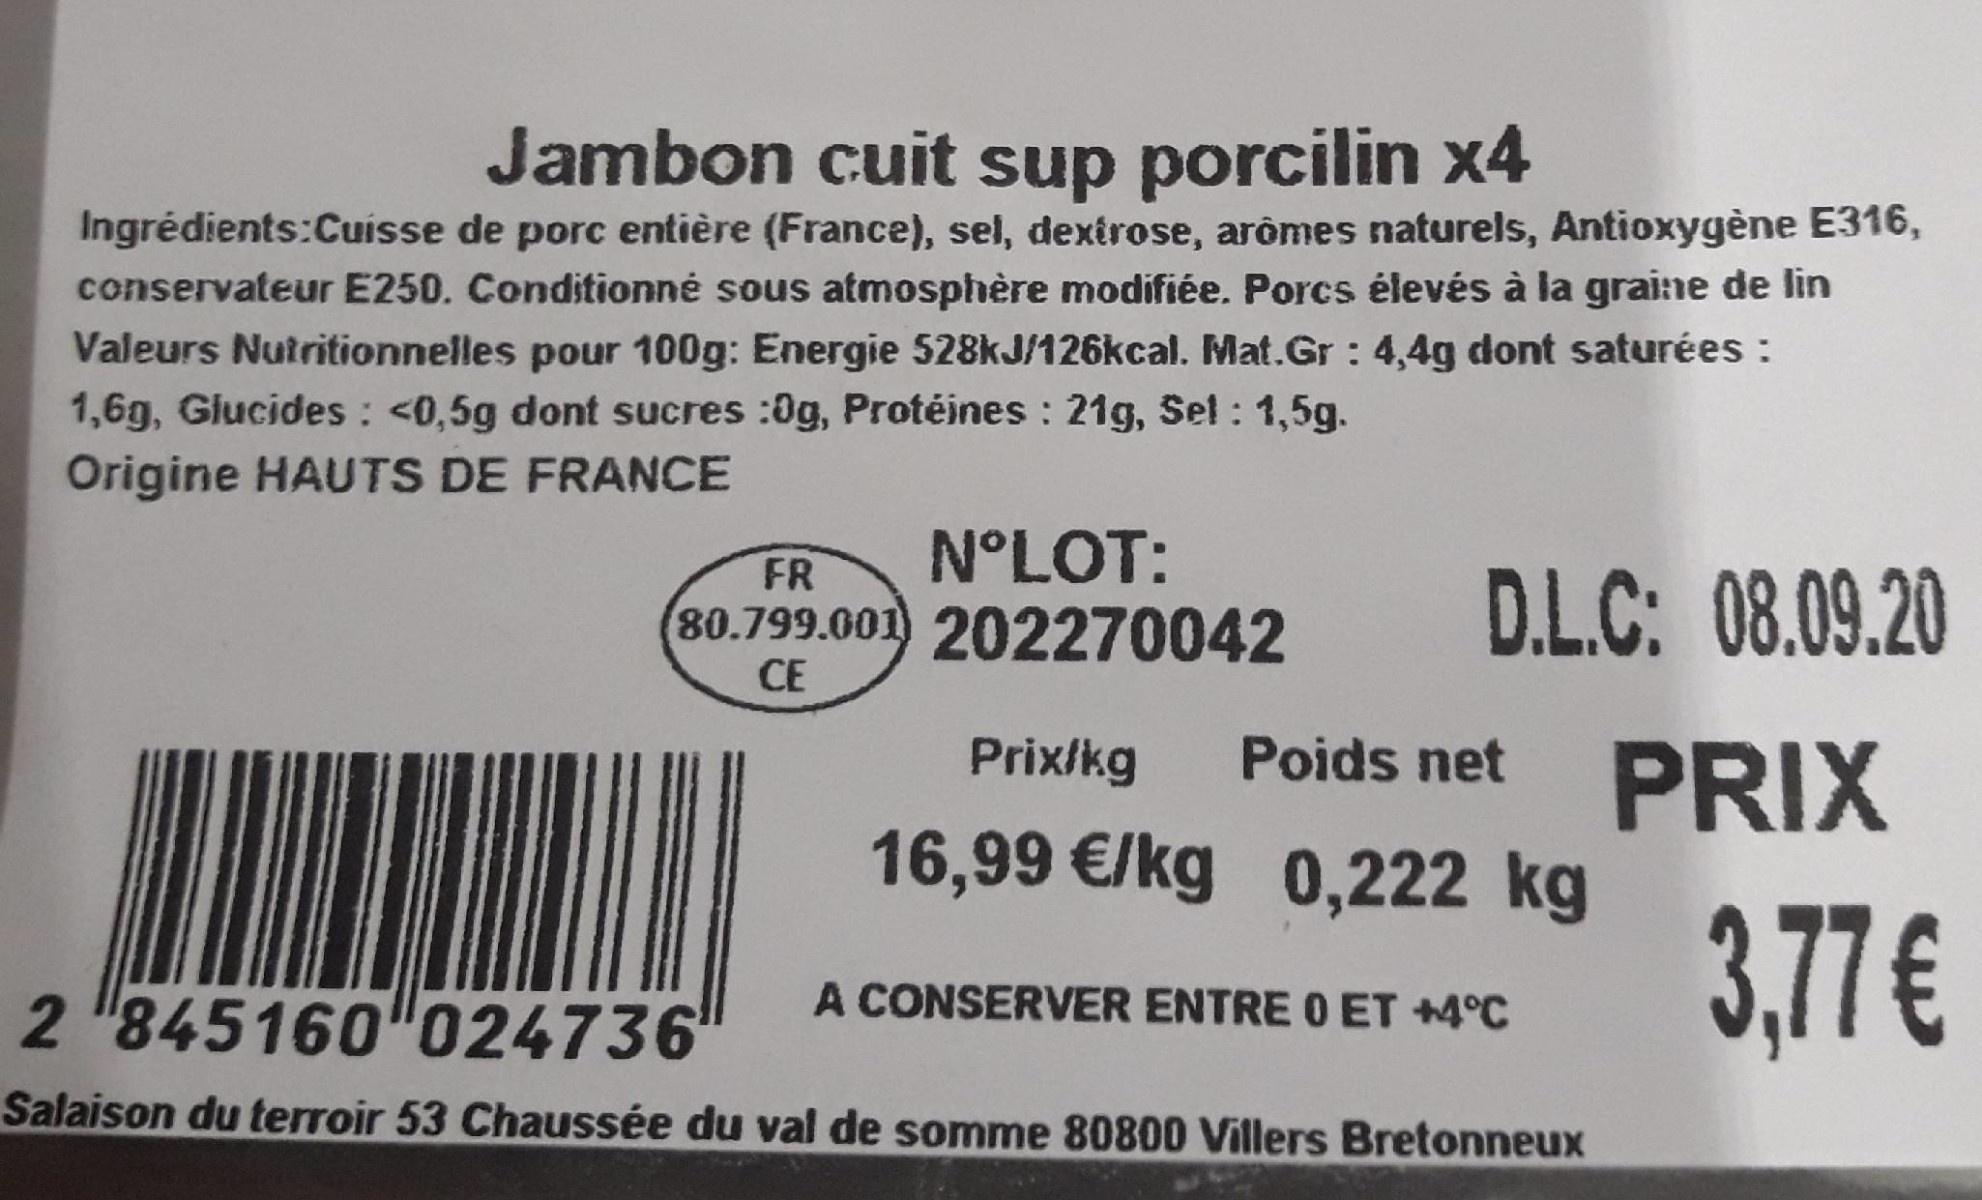
Jambon cuit sup porcilin x4
Ingrédients:Cuisse de porc entière (France), sel, dextrose, arômes naturels, Antioxygène E316, conservateur E250. Conditionné sous atmosphère modifiée. Porcs élevés à la graine de lin Valeurs Nutritionnelles pour 100g: Energie 528kJ/126kcal. Mat.Gr : 4,4g dont saturées : 1,6g, Glucides : <0,5g dont sucres :0g, Protéines : 21g, Sel : 1,5g.
Origine HAUTS DE FRANCE
N°LOT:
FR
80.799.001 202270042
D.L.C: 08.09.20
CE
Prix/kg
Poids net PRIX
16,99 €/kg 0,222 kg
3.77€
A CONSERVER ENTRE O ET +4°C
2 "845160 024736
Salaison du terroir 53 Chaussée du val de somme 80800 Villers Bretonneux